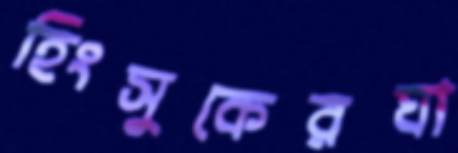
হিংসুকেরঘা